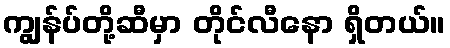
ကျွန်ပ်တို့ဆီမှာ တိုင်လီနော ရှိတယ်။